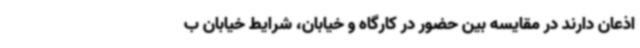
اذعان دارند در مقایسه بین حضور در کارگاه و خیابان، شرایط خیابان ب